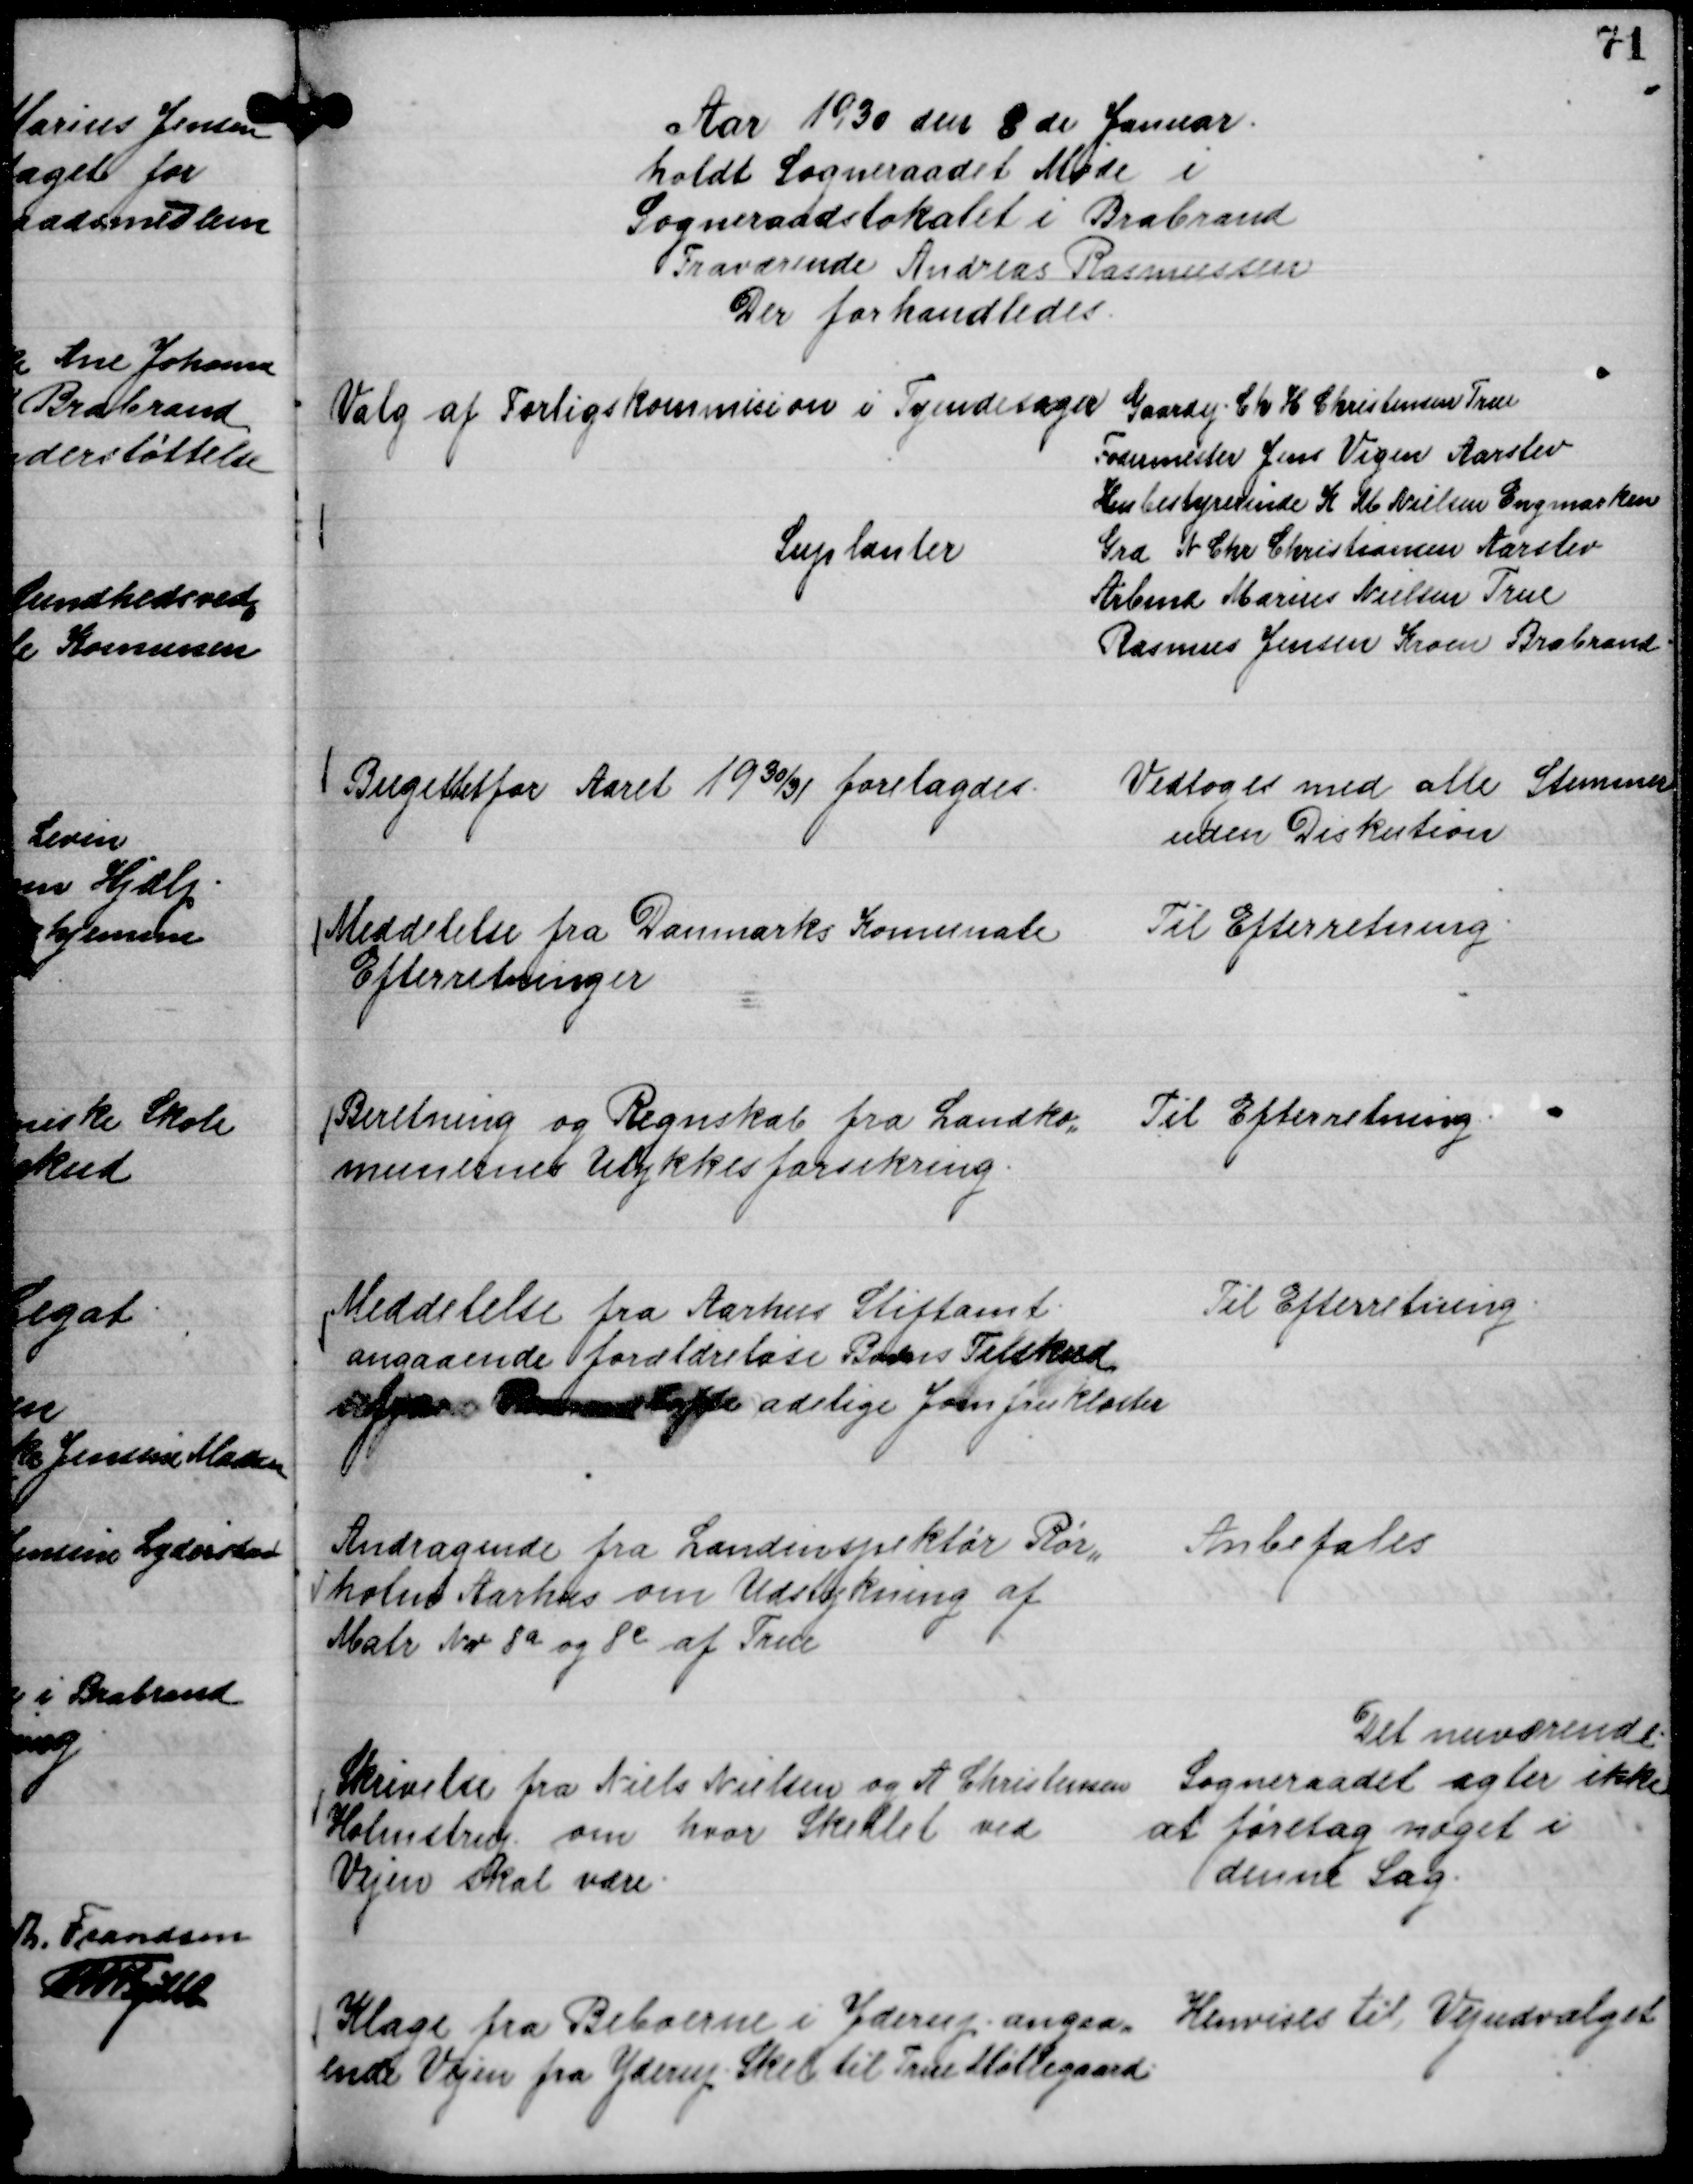
Transskription:
Aar 1930 den 8 de Januar
holdt Sogneraadet Møde i
Sogneraadslokalet i Brabrand
Fraværende Andreas Rasmussen
Der forhandledes.

Valg af Forligskommision i Tyendesager
Gaardej. Ch H Christensen True
Fodermester Jens Vigen Aarslev
Husbestyrerinde K M Nielsen Engmarken
Suplanter
Grd N Chr Christiansen Aarslev
Arbmd Marius Nielsen True
Rasmus Jensen Kroen Brabrand.

Budgettetfor Aaret 19 30/31 forelagdes.

Vedtoges med alle Stemmer
uden Diskution

Meddelelse fra Danmarks Komunale
Efterretninger

Til Efterretning.

Beretning og Regnskab fra Landko,,
munernes Ulykkesforsikring.

Til Efterretning.

Meddelelse fra Aarhus Stiftamt
angaaende forældreløse Børns Tilskud
 adelige Jomfrukloster

Til Efterretning.

Andragende fra Landinspektør Rør,,
holm Aarhus om Udstykning af
Matr Nr 8 a og 8 c af True

Anbefales

Skrivelse fra Niels Nielsen og A Christensen
Holmstrup om hvor Skellet ved
Vejen skal være.

Det nuværende
Sogneraadet agter ikke
at føretag noget i
denne Sag.

Klage fra Beboerne i Yderup angaa,,
ende Vejen fra Yderup Skel til True Møllegaard.

Henvises til Vejudvalget